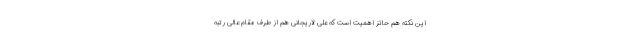
این نکته هم حائز اهمیت است که علی لاریجانی هم از طرف مقام عالی رتبه